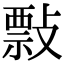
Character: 𢿏